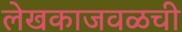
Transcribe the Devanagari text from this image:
लेखकाजवळची